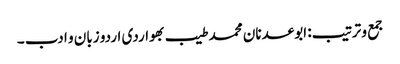
جمع و ترتیب: ابوعدنان محمد طیب بھواردی	اردو زبان و ادب ۔